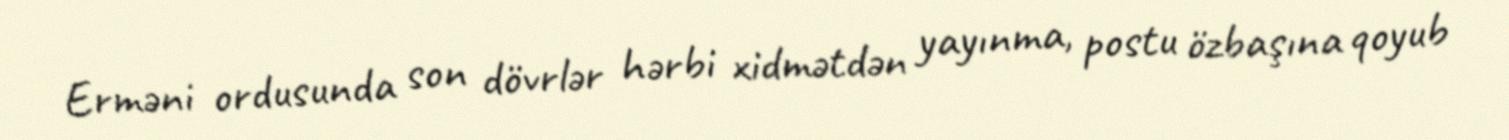
Erməni ordusunda son dövrlər hərbi xidmətdən yayınma, postu özbaşına qoyub